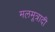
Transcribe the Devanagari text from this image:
मलमूत्रादी